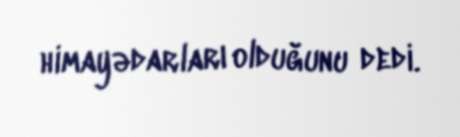
himayədarları olduğunu dedi.